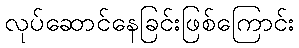
လုပ်ဆောင်နေခြင်းဖြစ်ကြောင်း